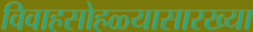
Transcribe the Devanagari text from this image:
विवाहसोहळ्यासारख्या